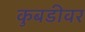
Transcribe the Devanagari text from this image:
कुबडीवर